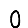
Digit: 0